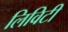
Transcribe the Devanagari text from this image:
लिविटी